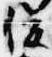
俊